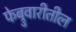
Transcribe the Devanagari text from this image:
फेब्रुवारीतील